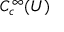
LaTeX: C _ { c } ^ { \infty } ( U )